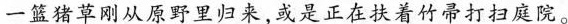
一篮猪草刚从原野里归来，或是正在扶着竹帚打扫庭院。